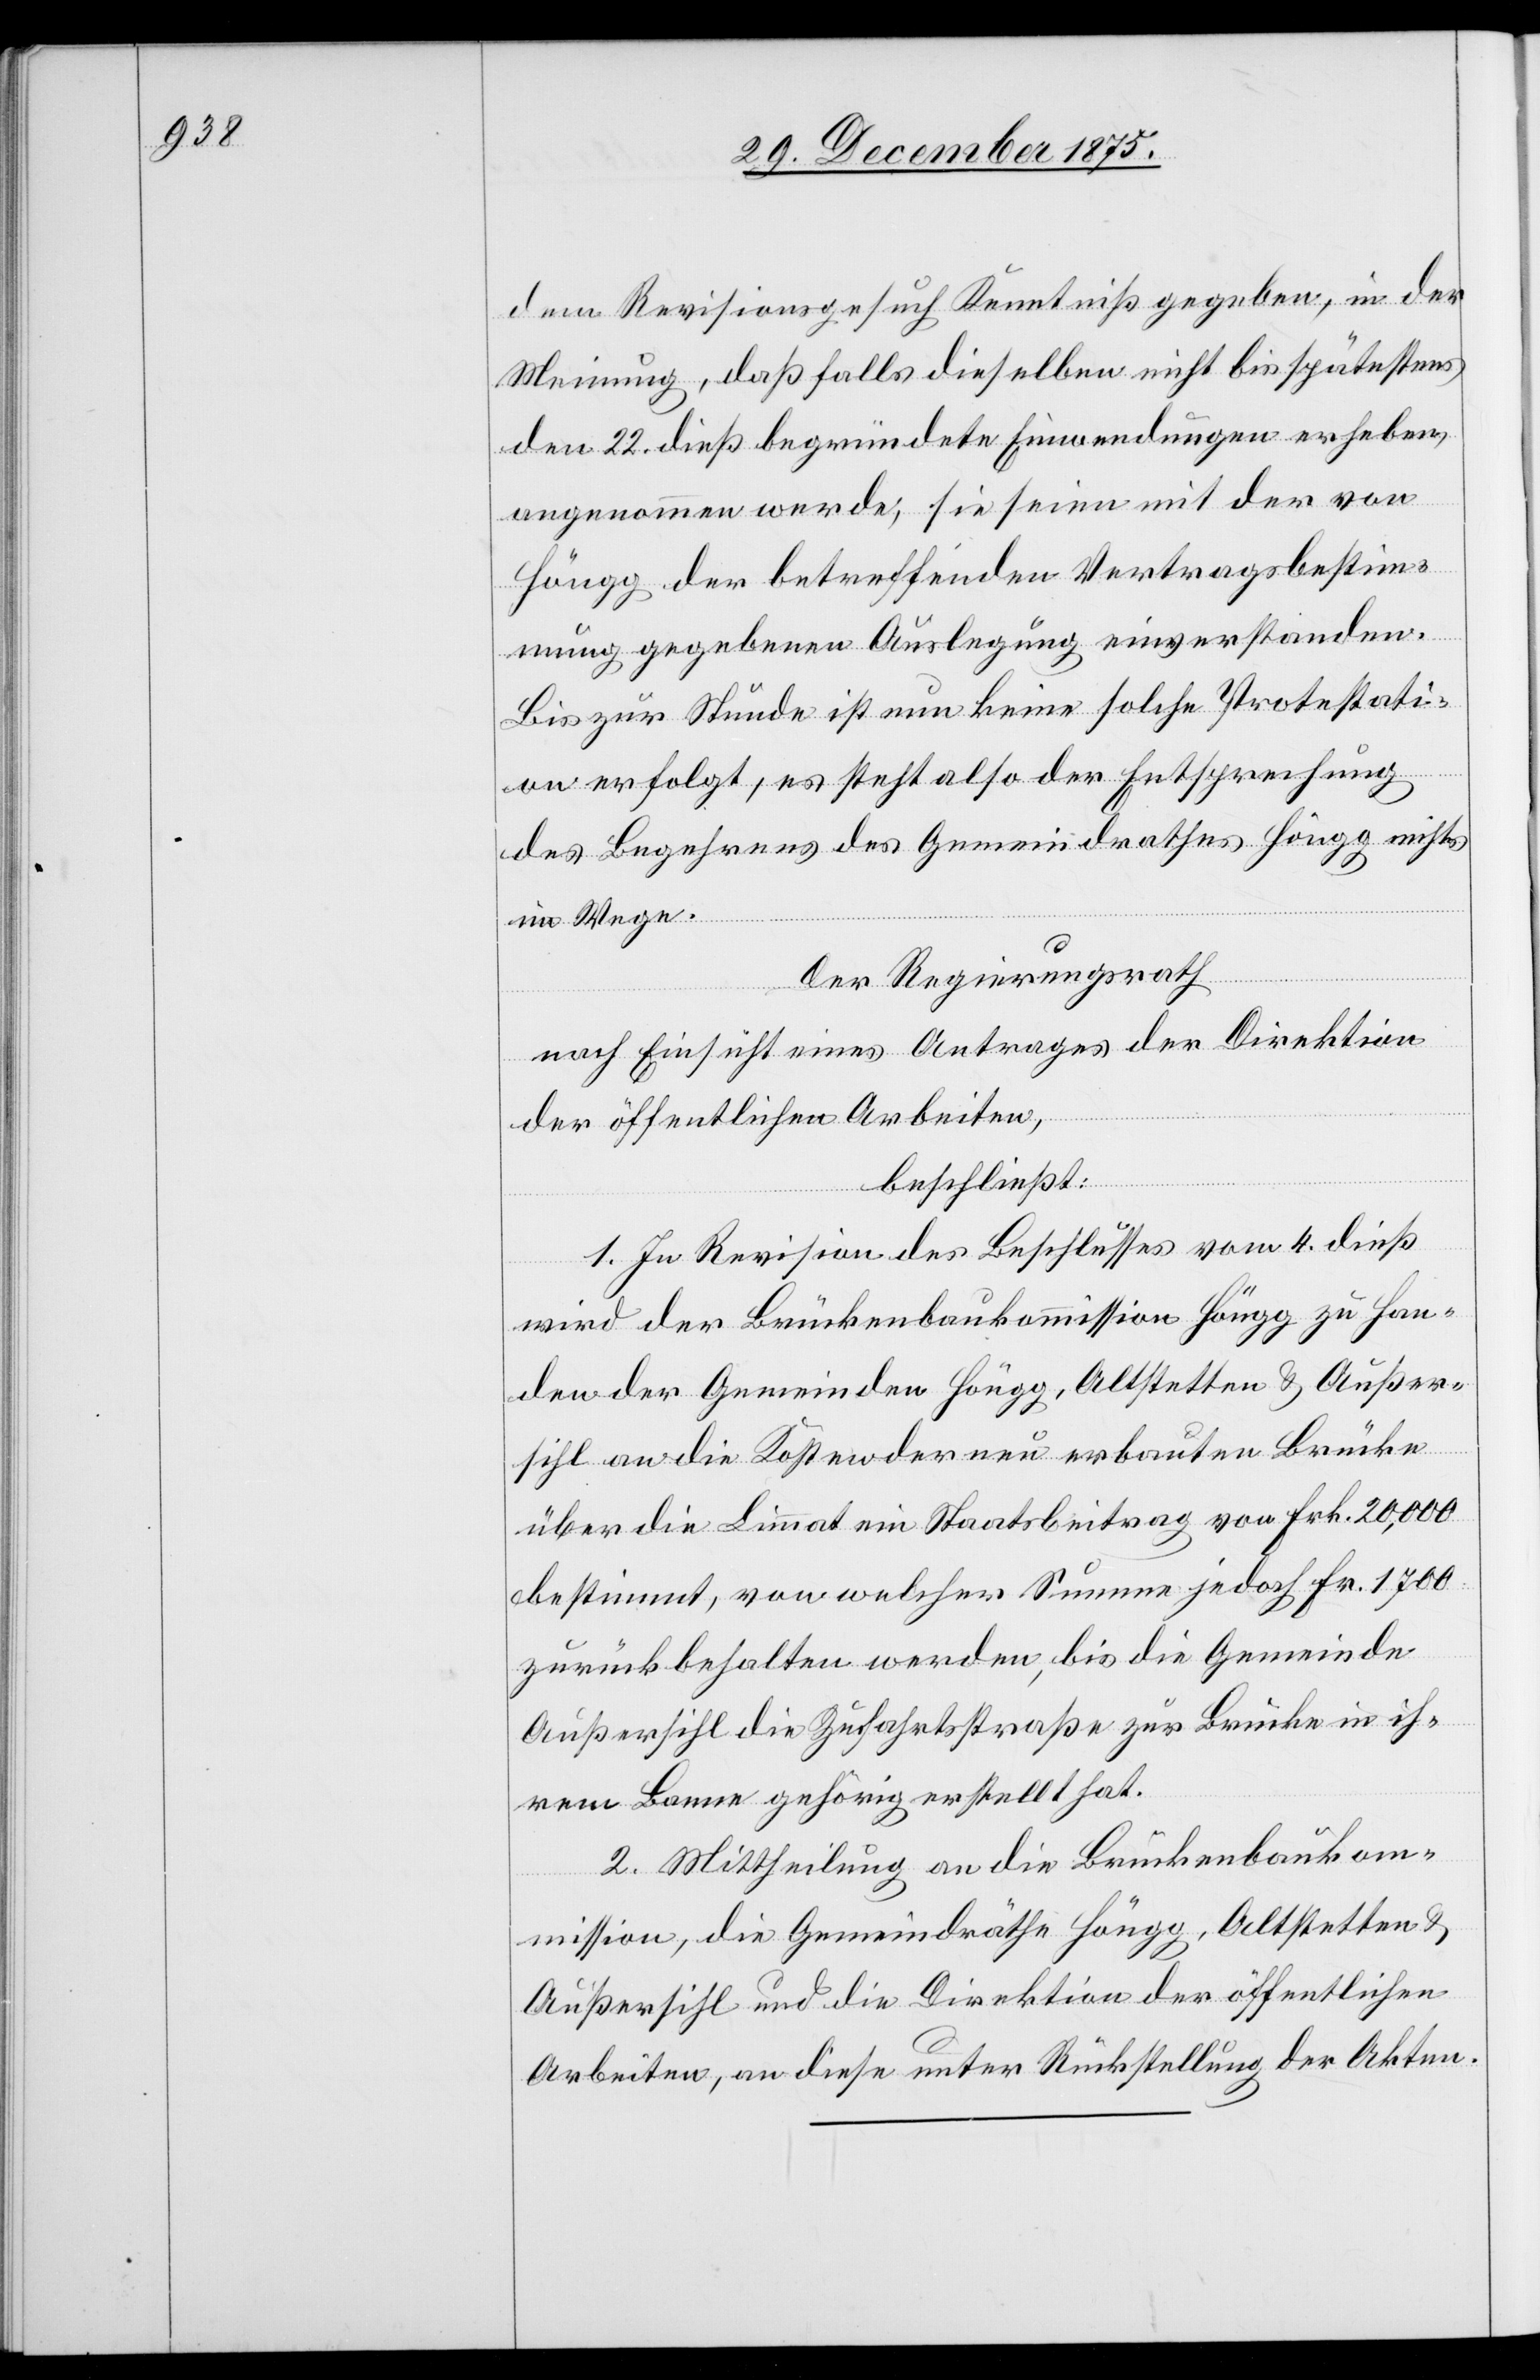
dem Revisionsgesuch Kenntniß gegeben, in der
Meinung, daß falls dieselben nicht bei spätestens
den 22. dieß begründete Einwendungen erheben,
angenommen werde, sie seien mit der von
Höngg der betreffenden Vertragsbestim¬
mung gegebenen Auslegung einverstanden.
Bis zur Stunde ist nun keine solche Protestati¬
die Dir¬
on erfolgt, es steht also der Entsprechung
des Begehrens des Gemeindrathes Höngg nichts
im Wege.
Der Regierungsrath,
der
nach Einsicht eines Antrages der Direktion
der öffentlichen Arbeiten,
beschließt:
1. In Revision des Beschlusses vom 4. dieß
wird der Brückenbaukommission Höngg zu Han¬
den der Gemeinde Höngg, Altstetten & Außer¬
sihl an die Kosten der neu erbauten Brücke
über die Limmat ein Staatsbeitrag von Frk. 20,000
bestimmt, von welcher Summe jedoch Fr. 1700
zurückbehalten werden, bis die Gemeinde
Außersihl die Zufahrtsstraße zur Brücke in ih¬
rem Banne gehörig erstellt hat.
2. Mittheilung an die Brückenbaukom¬
mission, die Gemeindräthe Außersihl und
Arbeiten, an diese unter Rückstellung der Akten.